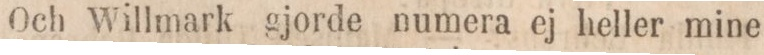
Och Willmark gjorde numera ej heller mine